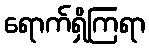
ရောက်ရှိကြရာ